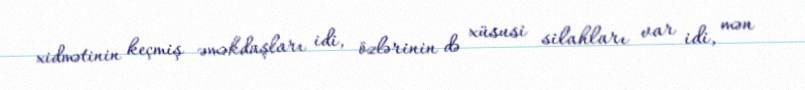
xidmətinin keçmiş əməkdaşları idi, özlərinin də xüsusi silahları var idi, mən